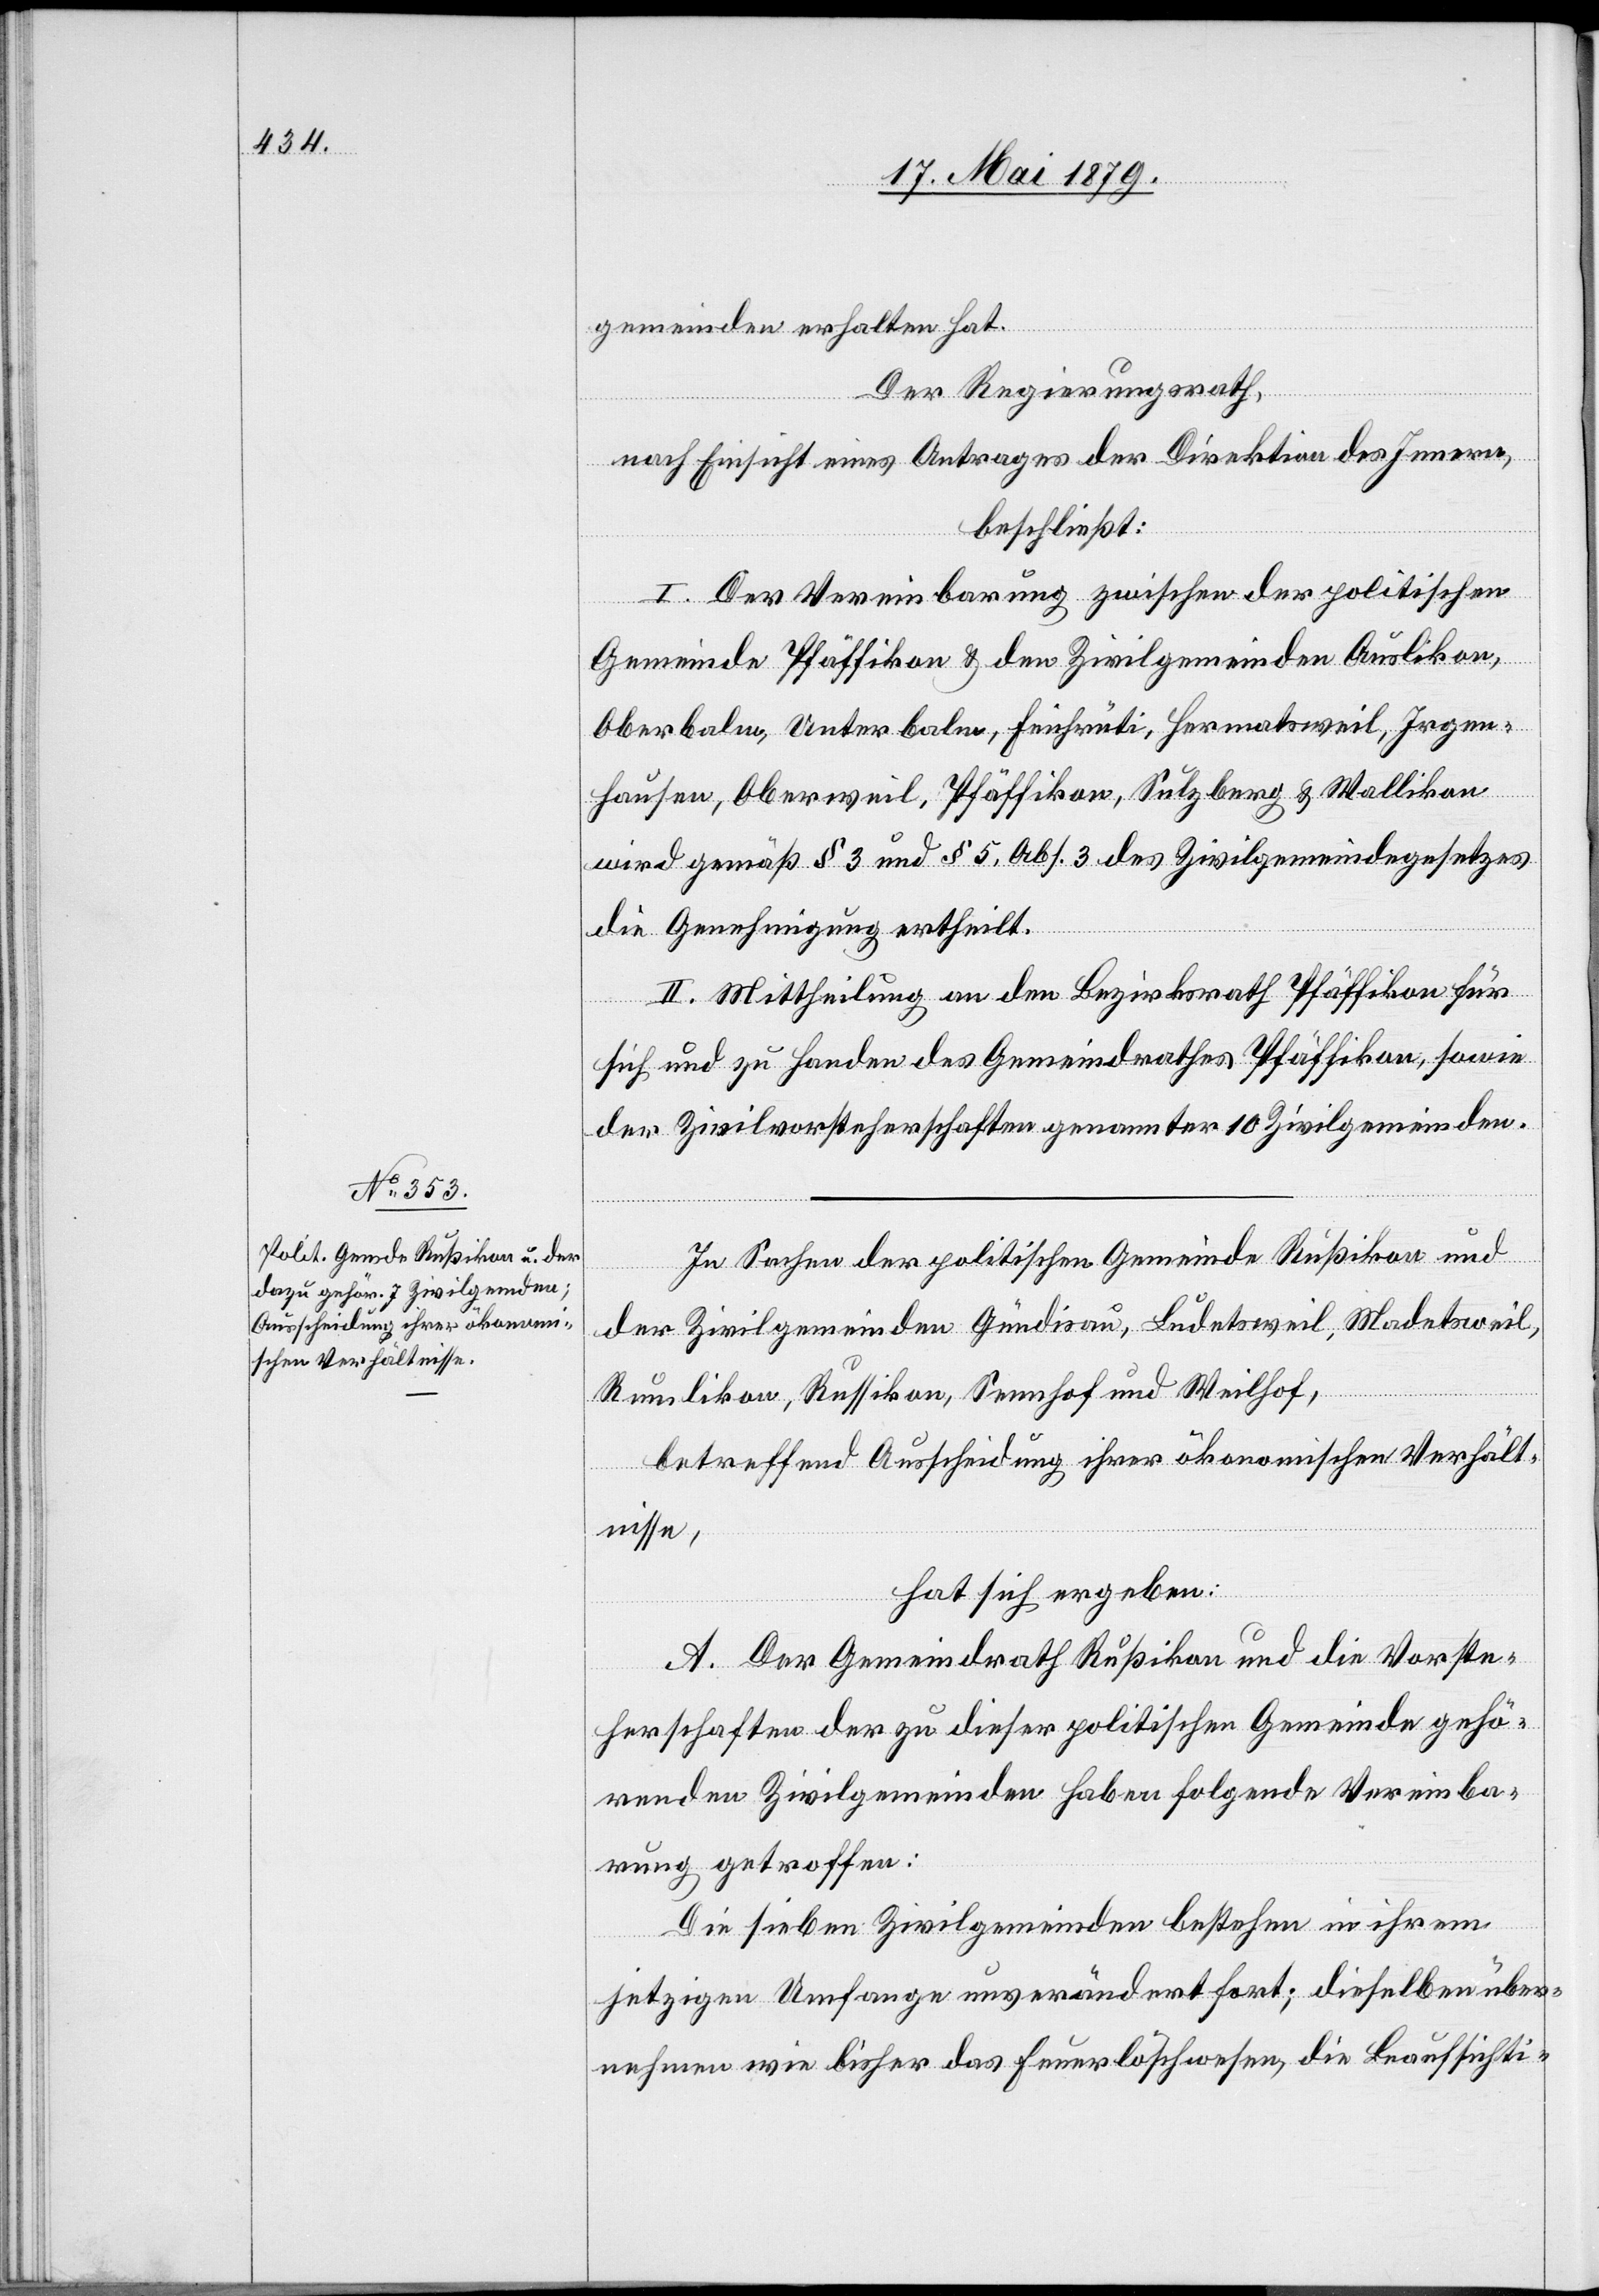
gemeinden erhalten hat.
Der Regierungsrath,
nach Einsicht eines Antrages der Direktion des Innern,
beschließt:
I. Der Vereinbarung zwischen der politischen
Gemeinde Pfäffikon & den Zivilgemeinden Auslikon,
Oberbalm, Unterbalm, Feichrüti, Hermatsweil, Irgen¬
hausen, Oberweil, Pfäffikon, Sulzberg & Wallikon
wird gemäß § 3 und § 5, Abs. 3 des Zivilgemeindegesetzes
die Genehmigung ertheilt.
II. Mittheilung an den Bezirksrath Pfäffikon für
sich und zu Handen des Gemeindrathes Pfäffikon, sowie
der Zivilvorsteherschaften genannter 10 Zivilgemeinden.
In Sachen der politischen Gemeinde Rußikon und
der Zivilgemeinden Gündisau, Ludetsweil, Madetsweil,
Rumlikon, Russikon, Sennhof und Weilhof,
betreffend Ausscheidung ihrer ökonomischen Verhält¬
nisse,
hat sich ergeben:
A. Der Gemeindrath Rußikon und die Vorste¬
herschaften der zu dieser politischen Gemeinde gehö¬
renden Zivilgemeinden haben folgende Vereinba¬
rung getroffen:
Die sieben Zivilgemeinden bestehen in ihrem
jetzigen Umfange unverändert fort; dieselben über¬
nehmen wie bisher das Feuerlöschwesen, die Beaufsichti-